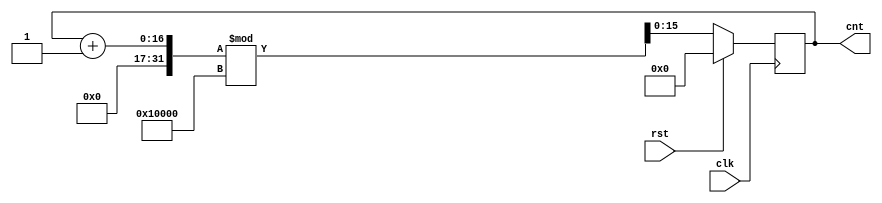
`timescale 1ns / 1ps

module param_counter #(
    parameter STEP = 1,
    parameter UPPER_BOUND = 65536)(
    input clk, input rst,
    output reg [$clog2(UPPER_BOUND)-1:0] cnt
    );
    
    initial 
        cnt <= 0;
        
    always@(posedge clk) begin
        if (rst)
            cnt <= 0;
        else
            cnt <= (cnt + STEP) % UPPER_BOUND;
    end
    
endmodule